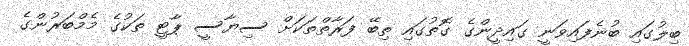
ބިލުގައި ބުނެފައިވަނީ ގައިދީންގެ ގޮތުގައި ތިބޭ ފަރާތްތަކަށް ސިޔާސީ ޕާޓީ ތަކުގެ މެމްބަރުންގެ